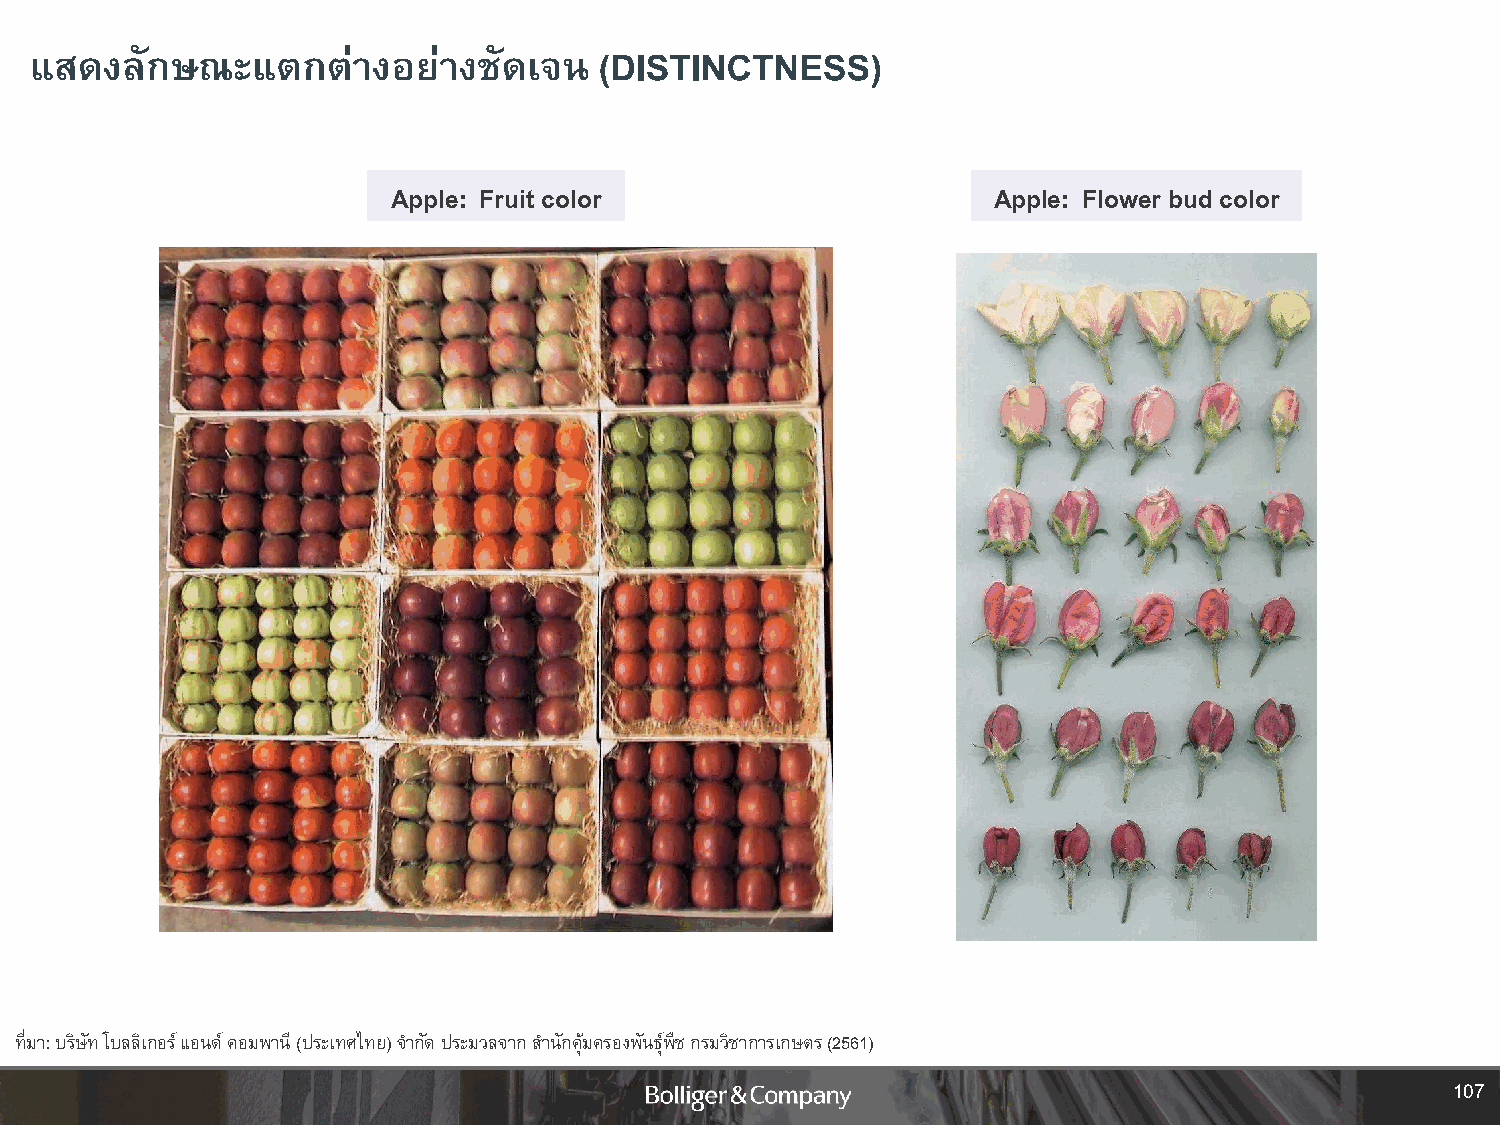
แสดงลักษณะแตกต่างอยา่       งชัดเจน   (DISTINCTNESS)
 Apple: Fruit color                      Apple: Flower bud color
 ที่มา: บริษัท โบลลิเกอร์ แอนด์ คอมพานี (ประเทศไทย) จ ากัด ประมวลจากส านักคุ้มครองพันธุ์พืช กรมวิชาการเกษตร (2561)
 107